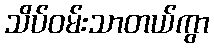
သိပ်ဝမ်းသာတယ်ကွာ